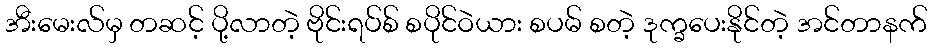
အီးမေးလ်မှ တဆင့် ပို့လာတဲ့ ဗိုင်းရပ်စ် စပိုင်ဝဲယား စပမ် စတဲ့ ဒုက္ခပေးနိုင်တဲ့ အင်တာနက်